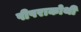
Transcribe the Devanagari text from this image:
पीपराकोथी